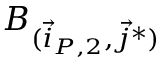
B _ { ( \vec { i } _ { P , 2 } , \vec { j } ^ { * } ) }